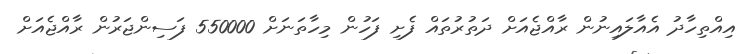
އިއްތިހާދު އެއާލައިނުން ރާއްޖެއަށް ދަތުރުތައް ފެށި ފަހުން މިހާތަނަށް 550000 ފަސިންޖަރުން ރާއްޖެއަށް